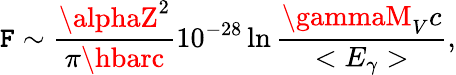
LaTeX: {\cal{\mathtt{F}}}\sim{\frac{{\alphaZ^{2}}}{{\pi\hbarc}}}10^{-28}\ln{\frac{{\gammaM_{V}c}}{{<E_{\gamma}>}}},